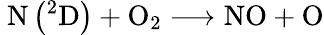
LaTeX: \mathrm{~N}\left({}^{2}\mathrm{D}\right)+\mathrm{O}_{2}\longrightarrow\mathrm{NO}+\mathrm{O}